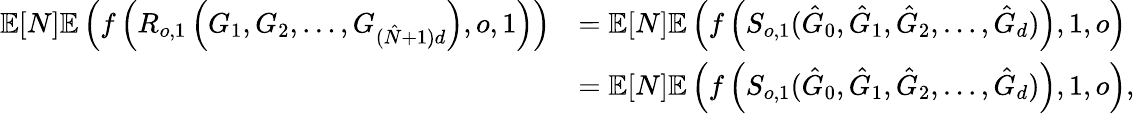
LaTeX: \begin{array}{rl}{\mathbb{E}[N]\mathbb{E}\left(f\left(R_{o,1}\left(G_{1},G_{2},\ldots,G_{(\hat{N}+1)d}\right),o,1\right)\right)}&{=\mathbb{E}[N]\mathbb{E}\left(f\left(S_{o,1}(\hat{G}_{0},\hat{G}_{1},\hat{G}_{2},\ldots,\hat{G}_{d})\right),1,o\right)}\\ &{=\mathbb{E}[N]\mathbb{E}\left(f\left(S_{o,1}(\hat{G}_{0},\hat{G}_{1},\hat{G}_{2},\ldots,\hat{G}_{d})\right),1,o\right),}\end{array}